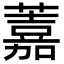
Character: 䕒